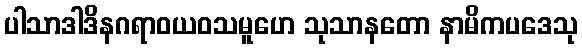
ပါသာဒါဒိနဂရာဝယဝသမူဟေ သုသာနတော နာမိကပဒေသု